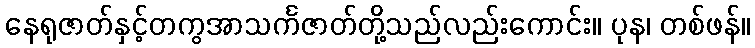
နေရုဇာတ်နှင့်တကွအာသင်္ကဇာတ်တို့သည်လည်းကောင်း။ ပုန၊ တစ်ဖန်။